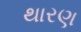
થારણ